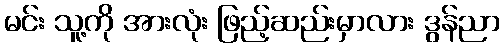
မင်း သူ့ကို အားလုံး ဖြည့်ဆည်းမှာလား ဒွန်ညာ